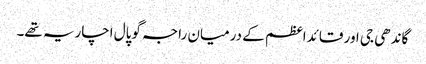
گاندھی جی اور قائداعظم کے درمیان راجہ گوپال اچاریہ تھے۔